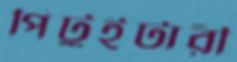
পিটুইটারী